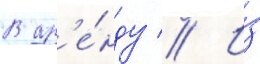
В ар'е́нду // И́з